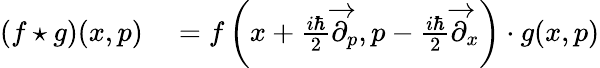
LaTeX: \begin{array}{rl}{(f\star g)(x,p)}&{{}=f\left(x+{\frac{i\hbar}{2}}{\overrightarrow{\partial}}_{p},p-{\frac{i\hbar}{2}}{\overrightarrow{\partial}}_{x}\right)\cdot g(x,p)}\end{array}